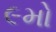
૯મો